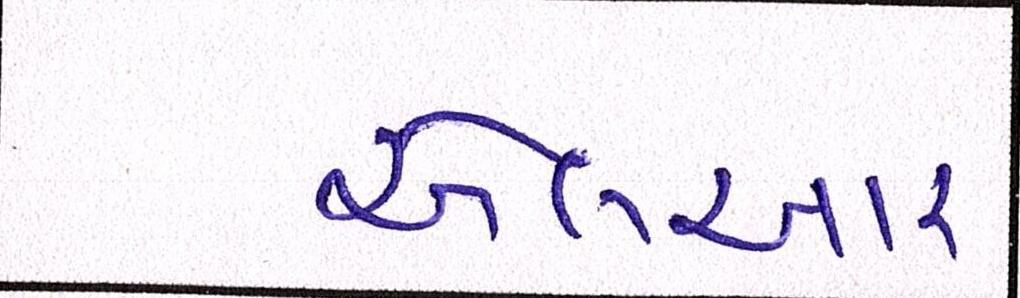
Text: એલઆર